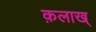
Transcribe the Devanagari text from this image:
क़लाख्‌